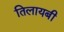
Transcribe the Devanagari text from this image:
तिलायबी